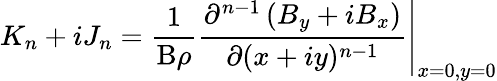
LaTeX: K_{n}+iJ_{n}=\frac{1}{\mathrm{B}\rho}\left.\frac{\partial^{n-1}\left(B_{y}+iB_{x}\right)}{\partial(x+iy)^{n-1}}\right\rvert_{x=0,y=0}